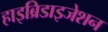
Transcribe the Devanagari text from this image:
हाइब्रिडाइजेशन